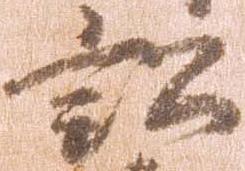
訟